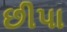
છીપા